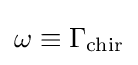
\omega \equiv \Gamma _{\mathrm {chir} }